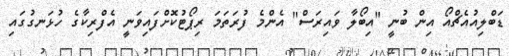
ޑަބްލިއުއެޗްއޯ އިން ބުނީ "އިބޯލާ ވައިރަސް" އެންމެ ފުރަތަމަ ރިޕޯޓުކޮށްފައިވަނީ އެފްރިކާގެ ހުޅަނގުގައި